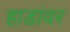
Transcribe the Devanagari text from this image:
हाडांवर